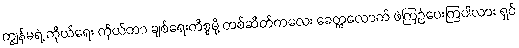
ကျွန်မရဲ့ ကိုယ်ရေး ကိုယ်တာ ချစ်ရေးကိစ္စမို့ တစ်ဆိတ်ကလေး ခေတ္တလောက် ဖဲကြဉ်ပေးကြပါလား ရှင်